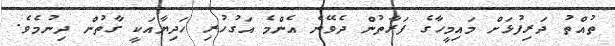
ތުއްތު ދަރިފުޅަށް މައިމީހާގެ ފަރާތުން ދެވޭނެ އެންމެ އަގުހުރި ހަދިޔާއަކީ ގާތުން ދިނުމެވެ.